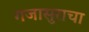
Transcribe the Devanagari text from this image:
गजासुराचा